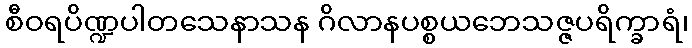
စီဝရပိဏ္ဍပါတသေနာသန ဂိလာနပစ္စယဘေသဇ္ဇပရိက္ခာရံ၊